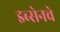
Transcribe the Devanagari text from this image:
इब्सेनचे